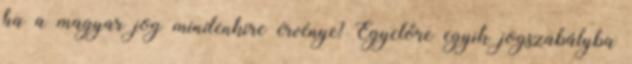
ha a magyar jog mindenkire érvénye? Egyelőre egyik jogszabályba